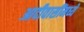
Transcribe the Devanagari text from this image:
आदीवासींमध्ये